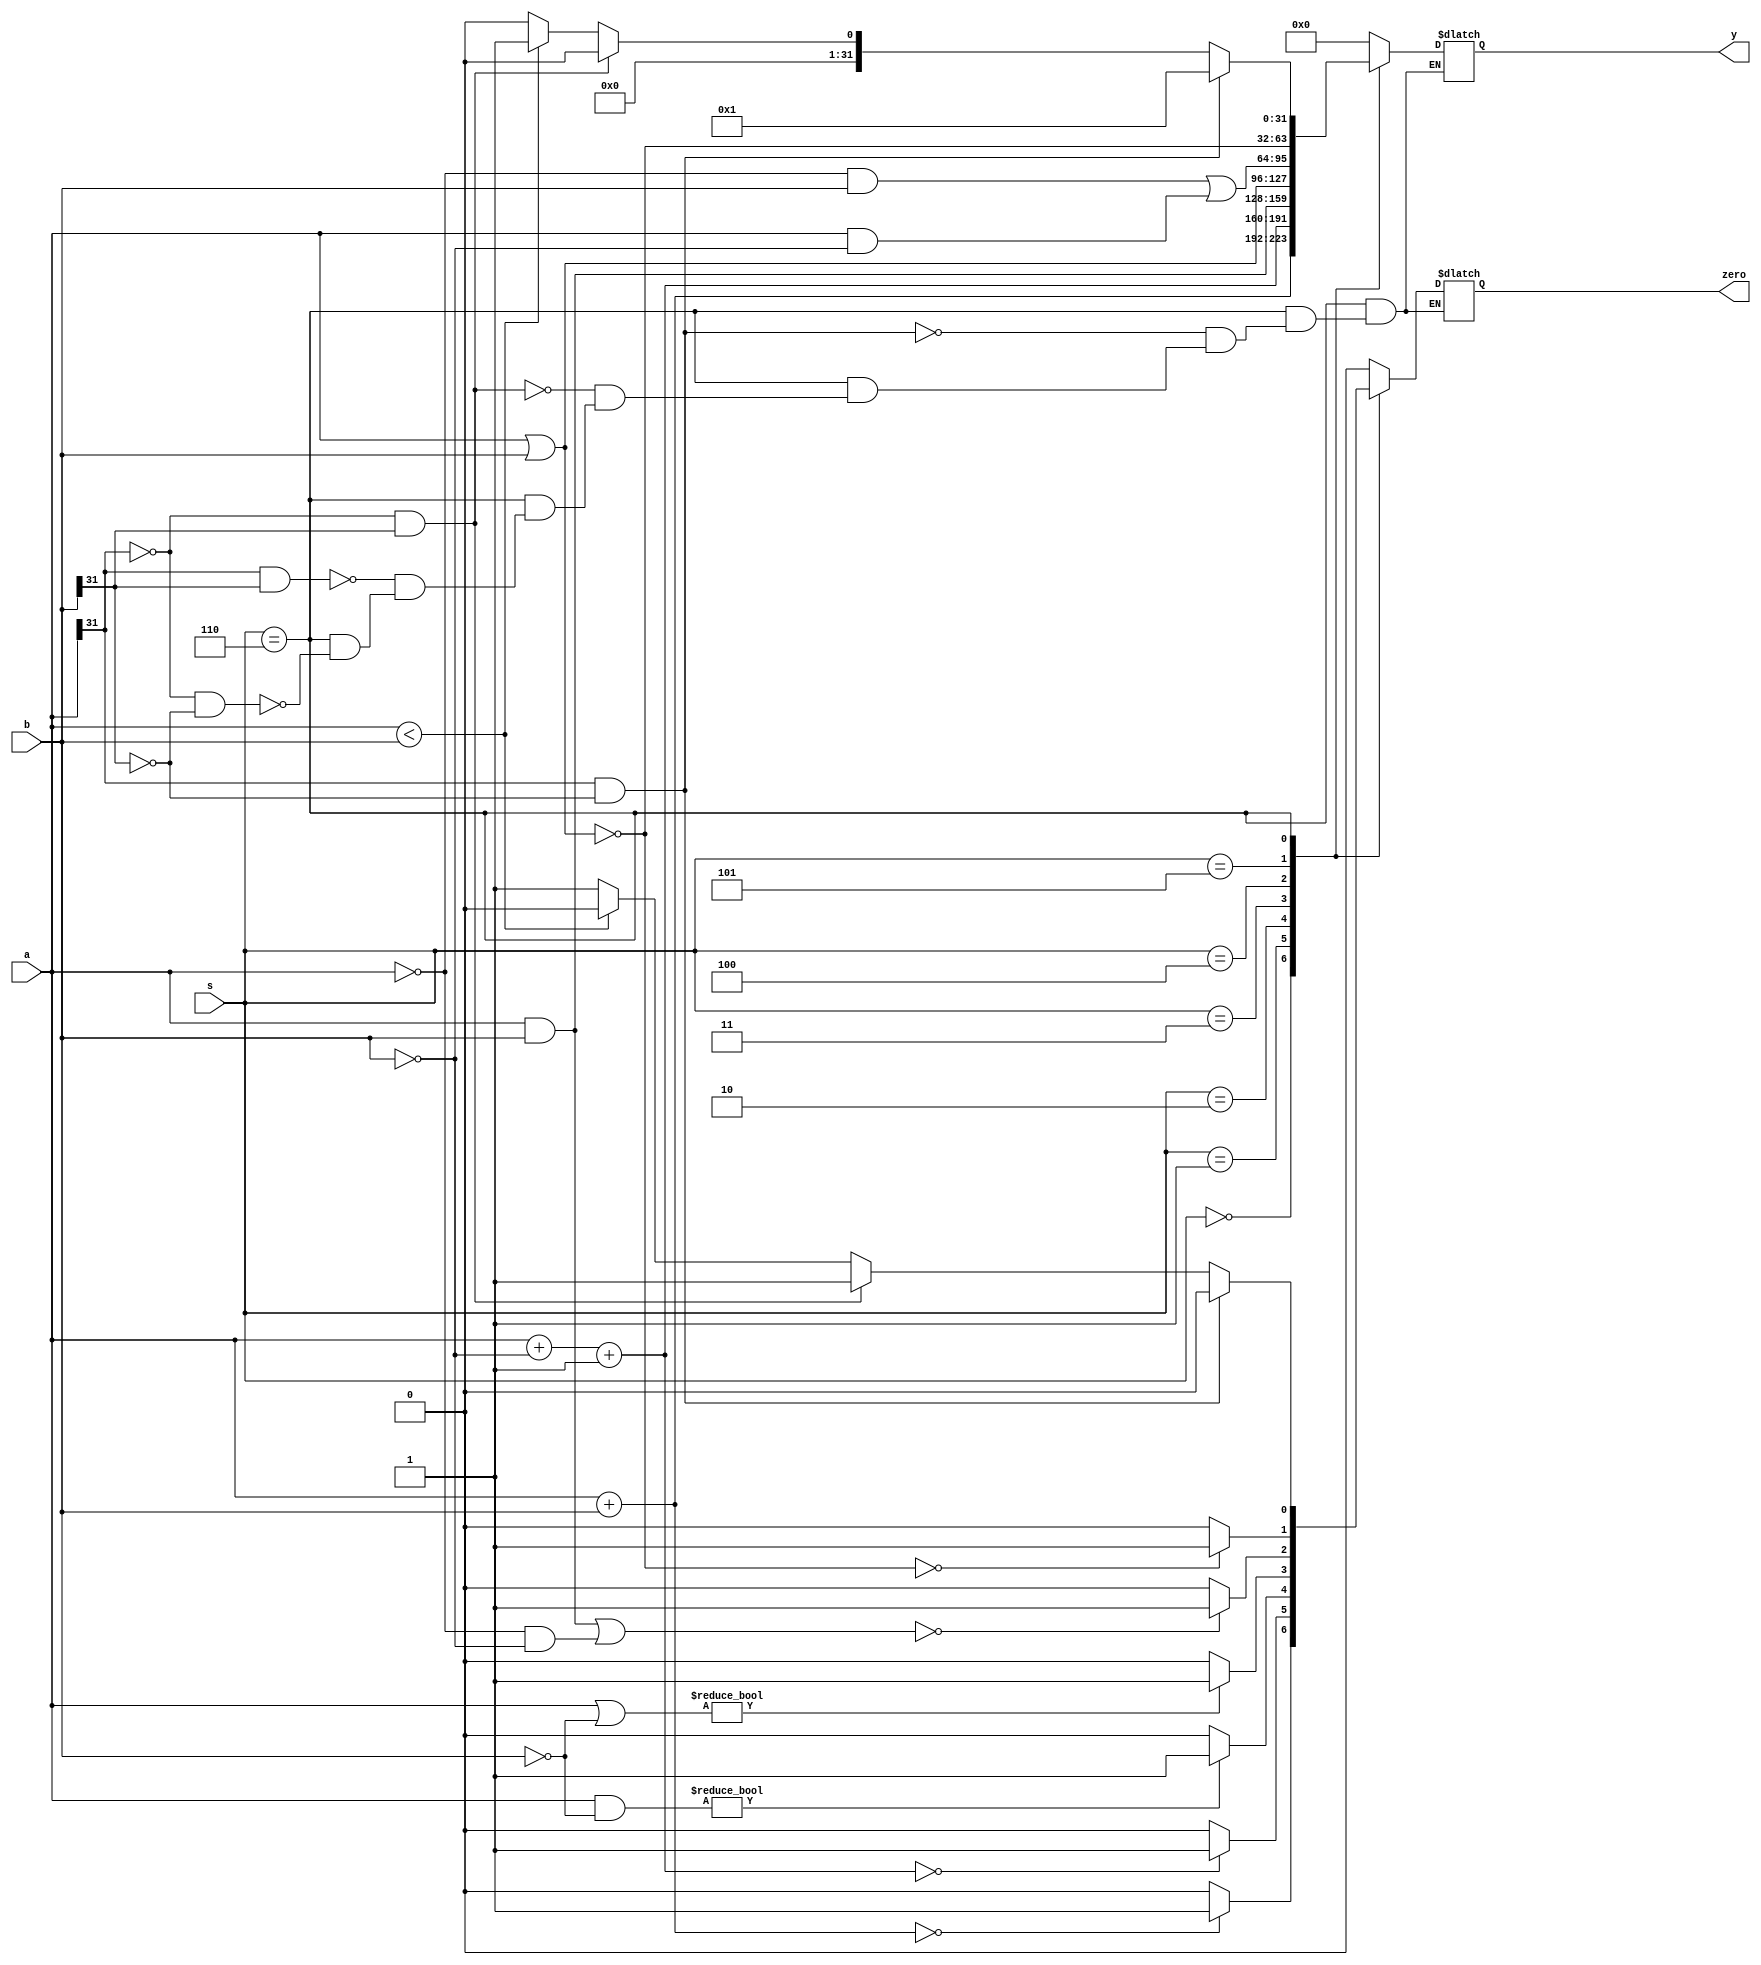
module ALU(
    input [2:0] s,
    input [31:0] a,
    input [31:0] b,
    output reg [31:0] y,
    output reg zero
    );

    parameter ADD = 0, SUB = 1, AND = 2, OR = 3, XOR = 4, NOR = 5, SLT = 6;
    always @ (*)
    begin
      case (s)
        ADD:
        begin
            y = a + b;
            if (a + b == 0) 
                zero = 1;
            else
                zero = 0;
        end
        SUB:
        begin
            y = a + ~b + 32'd1;  
            if (a + ~b + 32'd1 == 0)
                zero = 1;  
            else
                zero = 0;  
        end
        AND:
        begin
            y = a & b;
            if (a & b == 0)
                zero = 1;
            else
                zero = 0;
        end
        OR:
        begin
            y = a | b;
            if (a | b == 0)
                zero = 1;
            else
                zero = 0;            
        end
        XOR:
        begin
            y = (~a & b) | (a & ~b);
            if (((a & b) | (~a & ~b)) == 0)
                zero = 1;
            else 
                zero = 0;
        end
        NOR:
        begin
            y = ~(a | b);
            if (~(a | b) == 0)
                zero = 1;
            else
                zero = 0;
        end
        SLT:
        begin
            if (a[31] == 0 && b[31] == 0) begin
                y = (a < b) ? 1 : 0;
                zero = (a < b) ? 0 : 1;
            end
            if (a[31] == 1 && b[31] == 1) begin
                y = (a < b) ? 1 : 0;
                zero = (a < b) ? 0 : 1;
            end
            if (a[31] == 0 && b[31] == 1) begin
                y = 0;
                zero = 1;
            end
            if (a[31] == 1 && b[31] == 0) begin
                y = 1;
                zero = 0;
            end
        end
        default: begin
            y = 0;
            zero = 0;
        end
      endcase
    end
    
endmodule